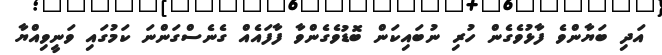
އަދި ބަޔާންވެ ފާޅުވެގެން ހުރި ނުބައިކަން ބޮޑުވެގެންވާ ފާފައެއް ގެނެސްގަންނަ ކަމުގައި ވަނީވިއްޔާ